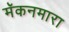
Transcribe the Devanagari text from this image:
मॅकनमारा